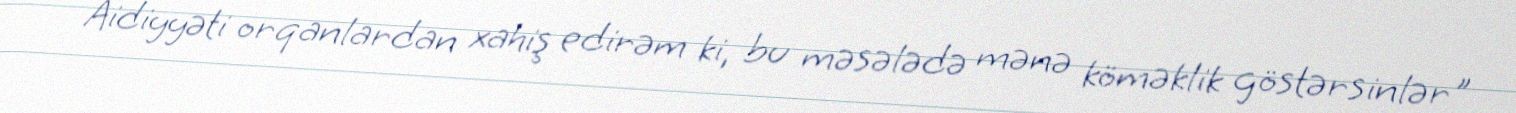
Aidiyyəti orqanlardan xahiş edirəm ki, bu məsələdə mənə köməklik göstərsinlər"